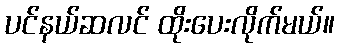
ပင်နယ်ဆလင် ထိုးပေးလိုက်မယ်။